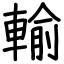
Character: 輸